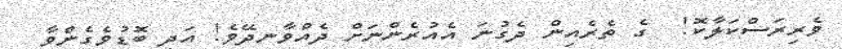
ވެރިރަސްކަލާކޮ!  ގެ ތެރެއިން ދެގުނަ އެއުރެންނަށް ދެއްވާނދޭވެ! އަދި ބޮޑުވެގެންވާ